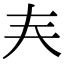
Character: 𡗗